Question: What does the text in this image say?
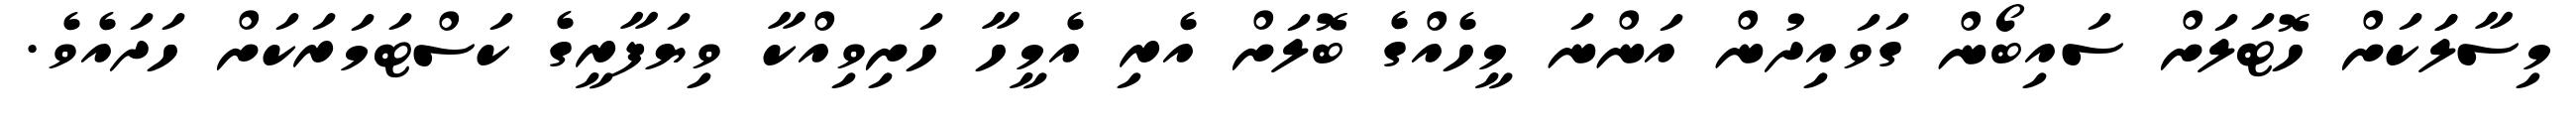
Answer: މިސާލަަކަށް ހޮޓަލަށް ސައިބޯން ގަވައިދުން އަންނަ މީހެއްގެ ބޮލަށް އެރި އެމީހާ ހަށިވިއްކާ ވިޔަފާރީގެ ކަސްޓަމަރަކަށް ހަދައެވެ.